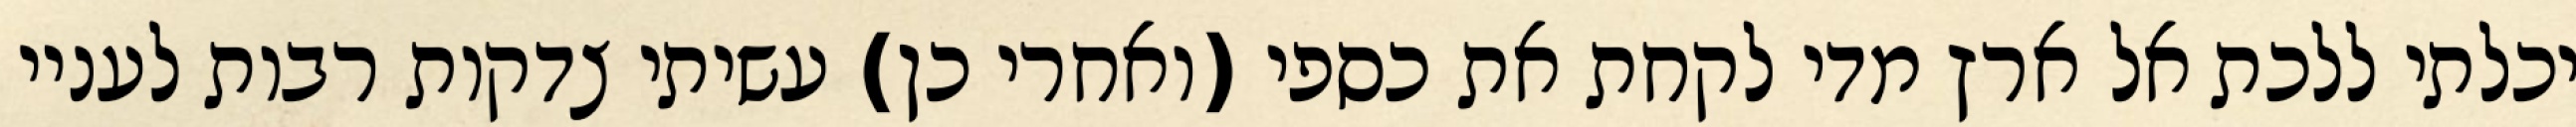
יכלתי ללכת אל ארץ מדי לקחת את כספי (ואחרי כן) עשיתי צדקות רבות לעניי